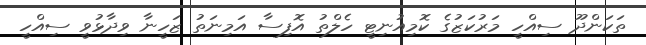
ތަކަންދޫ ސިއްހީ މަރުކަޒުގެ ކޮމިއުނިޓީ ހެލްތު އޮފިސާ އަމިނަތު ޒަހީނާ ވިދާޅުވީ ސިއްހީ